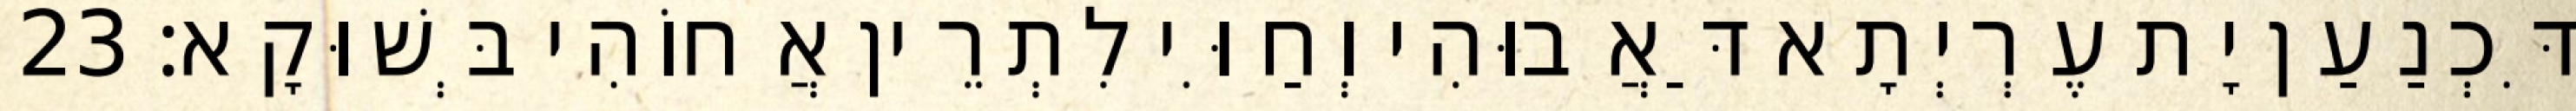
דִּכְנַעַן יָת עֶרְיְתָא דַּאֲבוּהִי וְחַוִּי לִתְרֵין אֲחוֹהִי בְּשׁוּקָא׃ 23